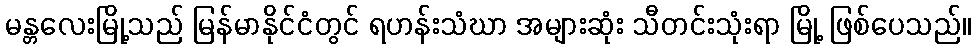
မန္တလေးမြို့သည် မြန်မာနိုင်ငံတွင် ရဟန်းသံဃာ အများဆုံး သီတင်းသုံးရာ မြို့ ဖြစ်ပေသည်။